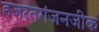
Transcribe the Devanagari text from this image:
हजरतगंजनजीक